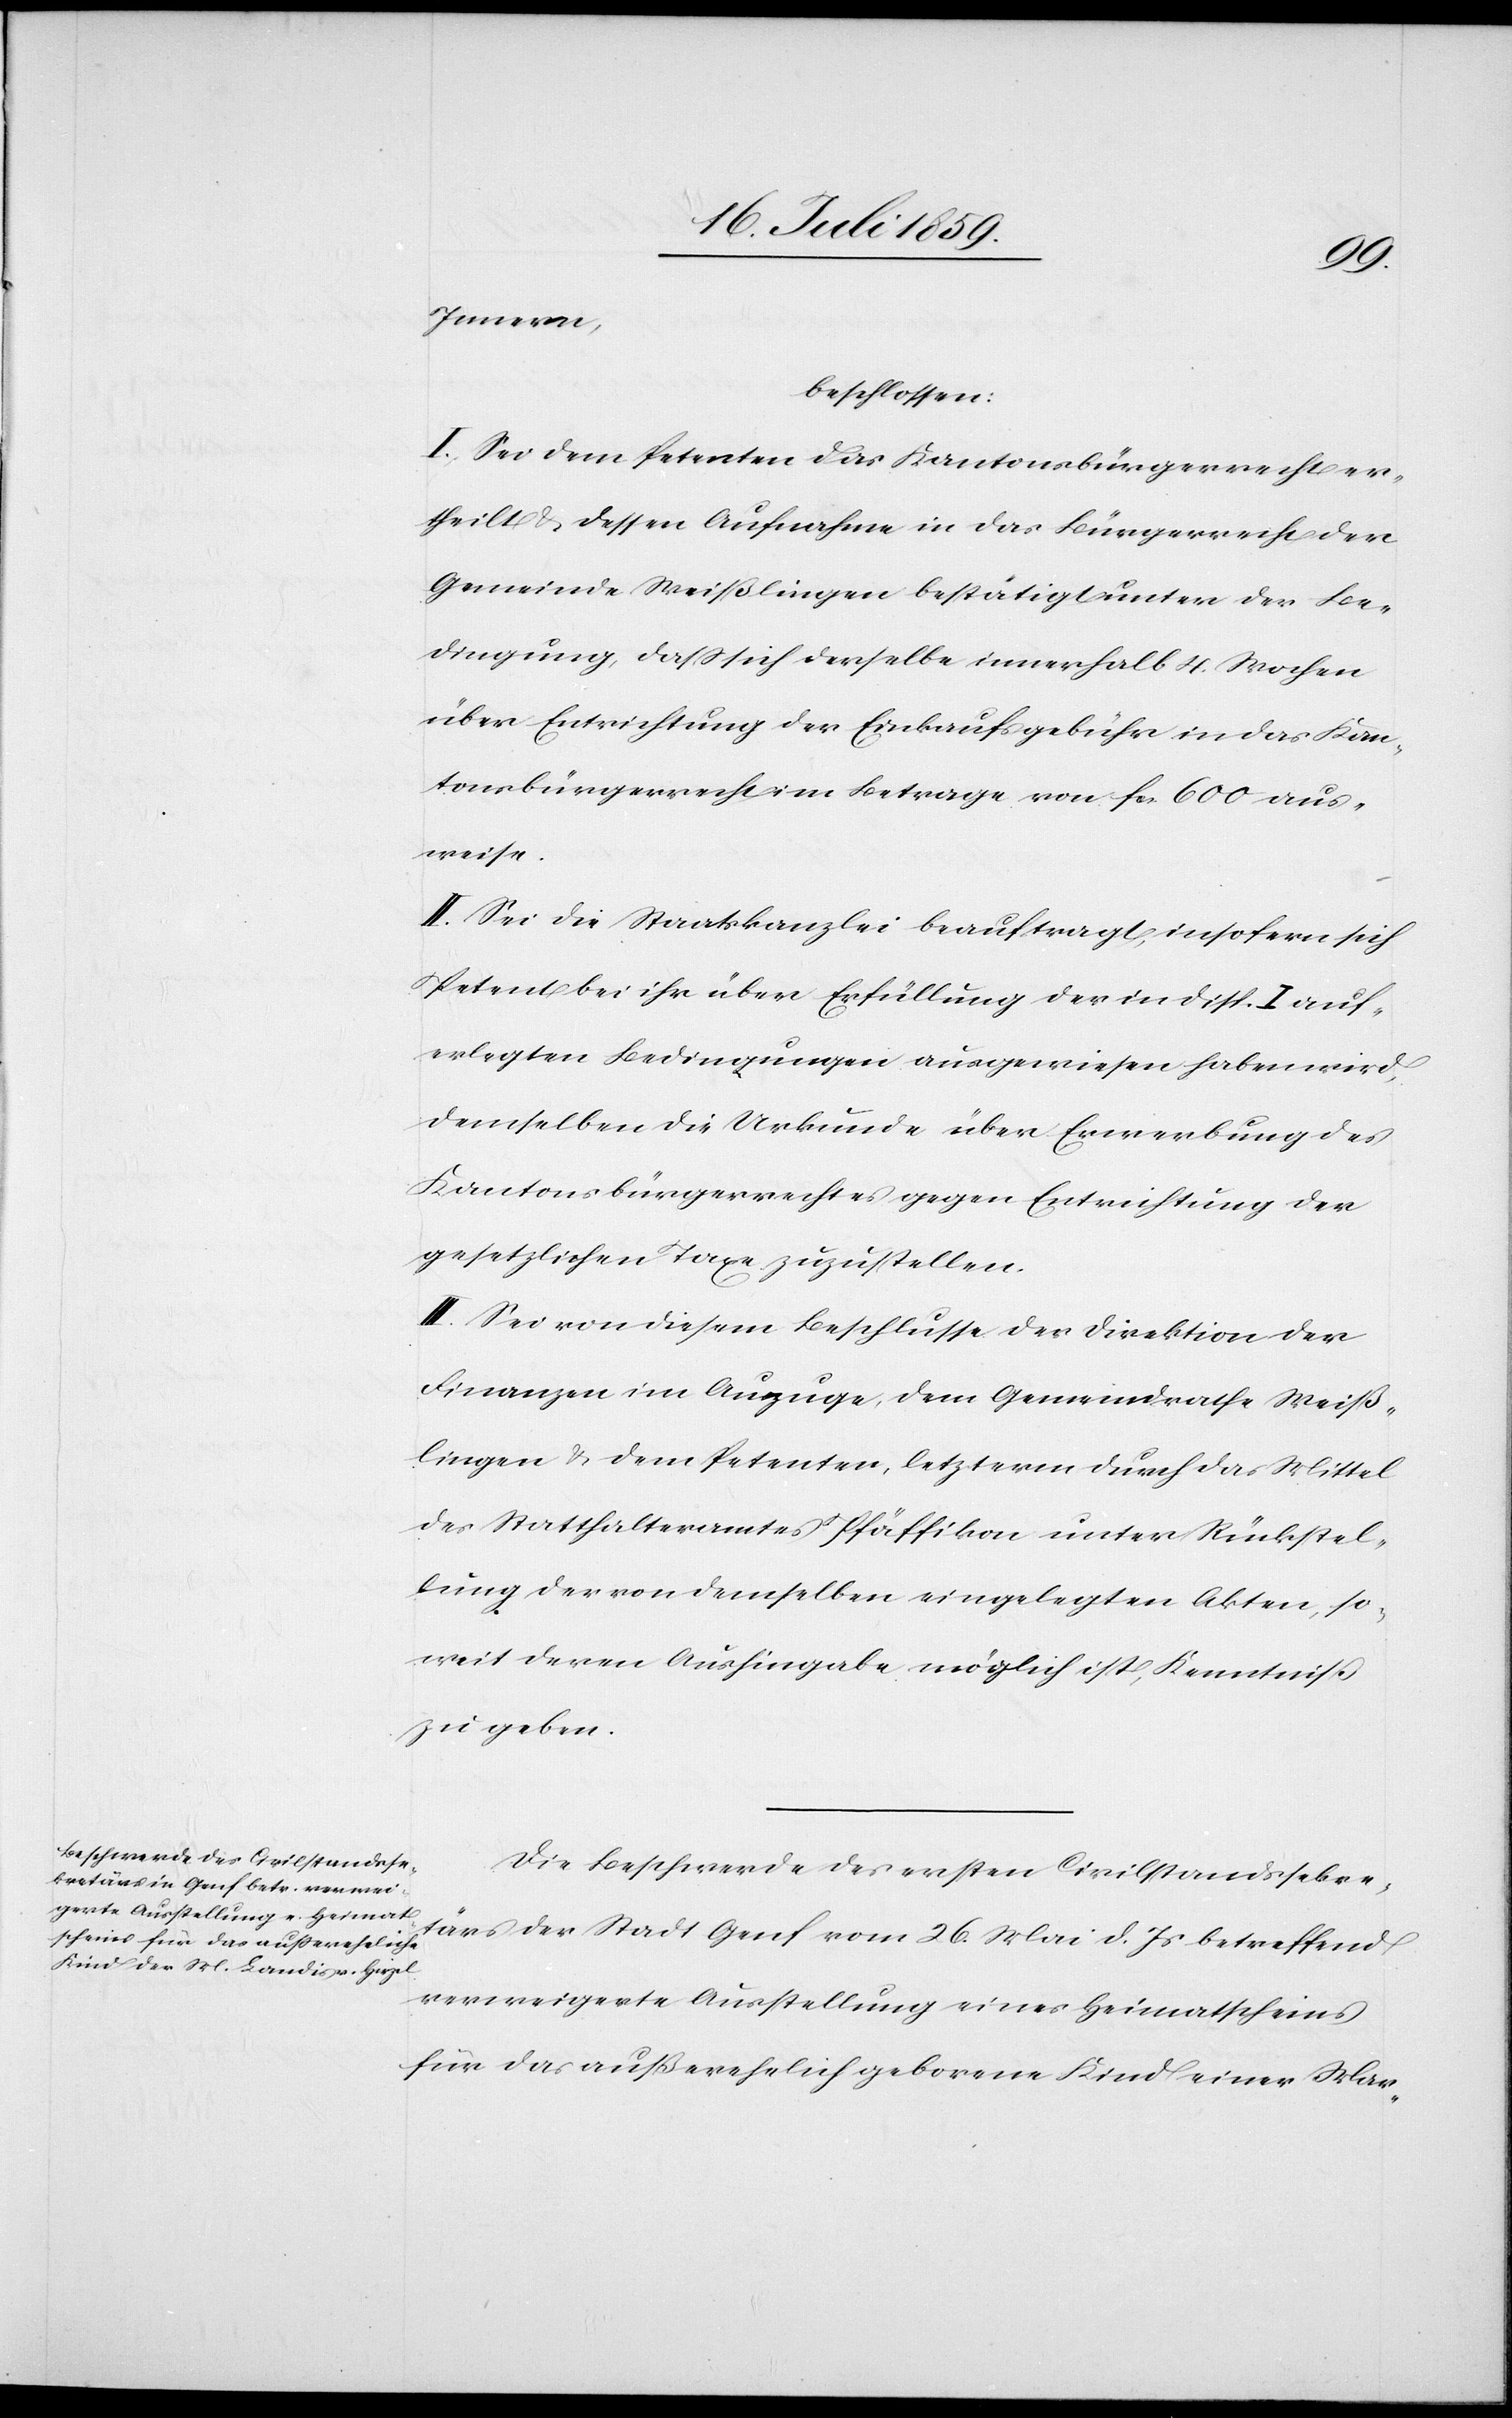
Innern,
beschlossen:
I. Sei dem Petenten das Kantonsbürgerrecht er¬
theilt u. dessen Aufnahme in das Bürgerrecht der
Gemeinde Weißlingen bestätigt unter der Be¬
dingung, daß sich derselbe innerhalb 4. Wochen
über Entrichtung der Einkaufsgebühr in das Kan¬
tonsbürgerrecht im Betrage von fcs. 600 aus¬
weise.
II. Sei die Staatskanzlei beauftragt, insofern sich
Petent bei ihr über Erfüllung der in Disp. I auf¬
erlegten Bedingungen ausgewiesen haben wird,
demselben die Urkunde über Erwerbung des
Kantonsbürgerrechtes gegen Entrichtung der
gesetzlichen Taxe zuzustellen.
III. Sei von diesem Beschlusse der Direktion der
Finanzen im Auszuge, dem Gemeindrathe Weiß¬
lingen u. dem Petenten, letzterm durch das Mittel
des Statthalteramtes Pfäffikon unter Rückstel¬
lung der von demselben eingelegten Akten, so¬
weit deren Aushingabe möglich ist, Kenntniß
zu geben.
Die Beschwerde des ersten Civilstandssekre¬
tärs der Stadt Genf vom 26. Mai d. Js betreffend
verweigerte Ausstellung eines Heimathscheins
für das außerehelich geborne Kind einer Mar-